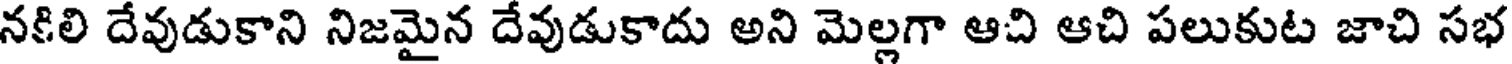
నకిలి దేవుడుకాని నిజమైన దేవుడుకాదు అని మెల్లగా ఆచి ఆచి పలుకుట జాచి సభ